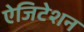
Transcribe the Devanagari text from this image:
ऐजिटेशन